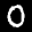
Label: 0